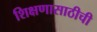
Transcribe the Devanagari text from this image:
शिक्षणासाठीची